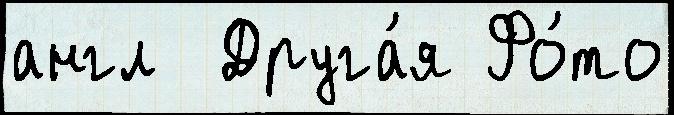
англ  Друга́я Фо́то